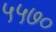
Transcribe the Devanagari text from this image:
५५७०